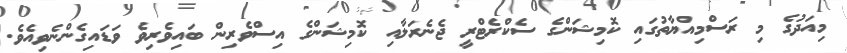
މިއަދުގެ މި ރަސްމިއްޔާތުގައި ކޮމިޝަންގެ ސެކްރެޓްރީ ޖެނެރަލާއި ކޮމިޝަންގެ އިސްވެރިން ބައިވެރިވެ ވަޑައިގެންނެވިއެވެ.